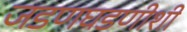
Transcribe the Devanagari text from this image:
जडणघडणीशी